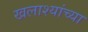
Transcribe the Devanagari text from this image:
खलाश्यांच्या